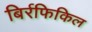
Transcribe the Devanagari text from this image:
बिर्रफिकिल